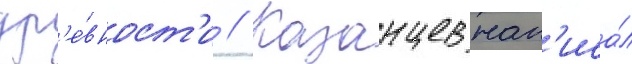
др'е́вност'и // Казанцев нап'иса́л